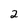
Character: 2